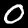
Digit: 0